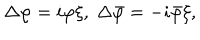
\Delta \varphi = i \varphi \xi , \; \Delta \bar { \varphi } = - i \bar { \varphi } \xi ,